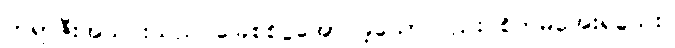
ဘရာဇီးအသင်းသည် ခြေစစ်ပွဲအောင်ခဲ့သော်လည်း စိတ်မအေးရသေး။